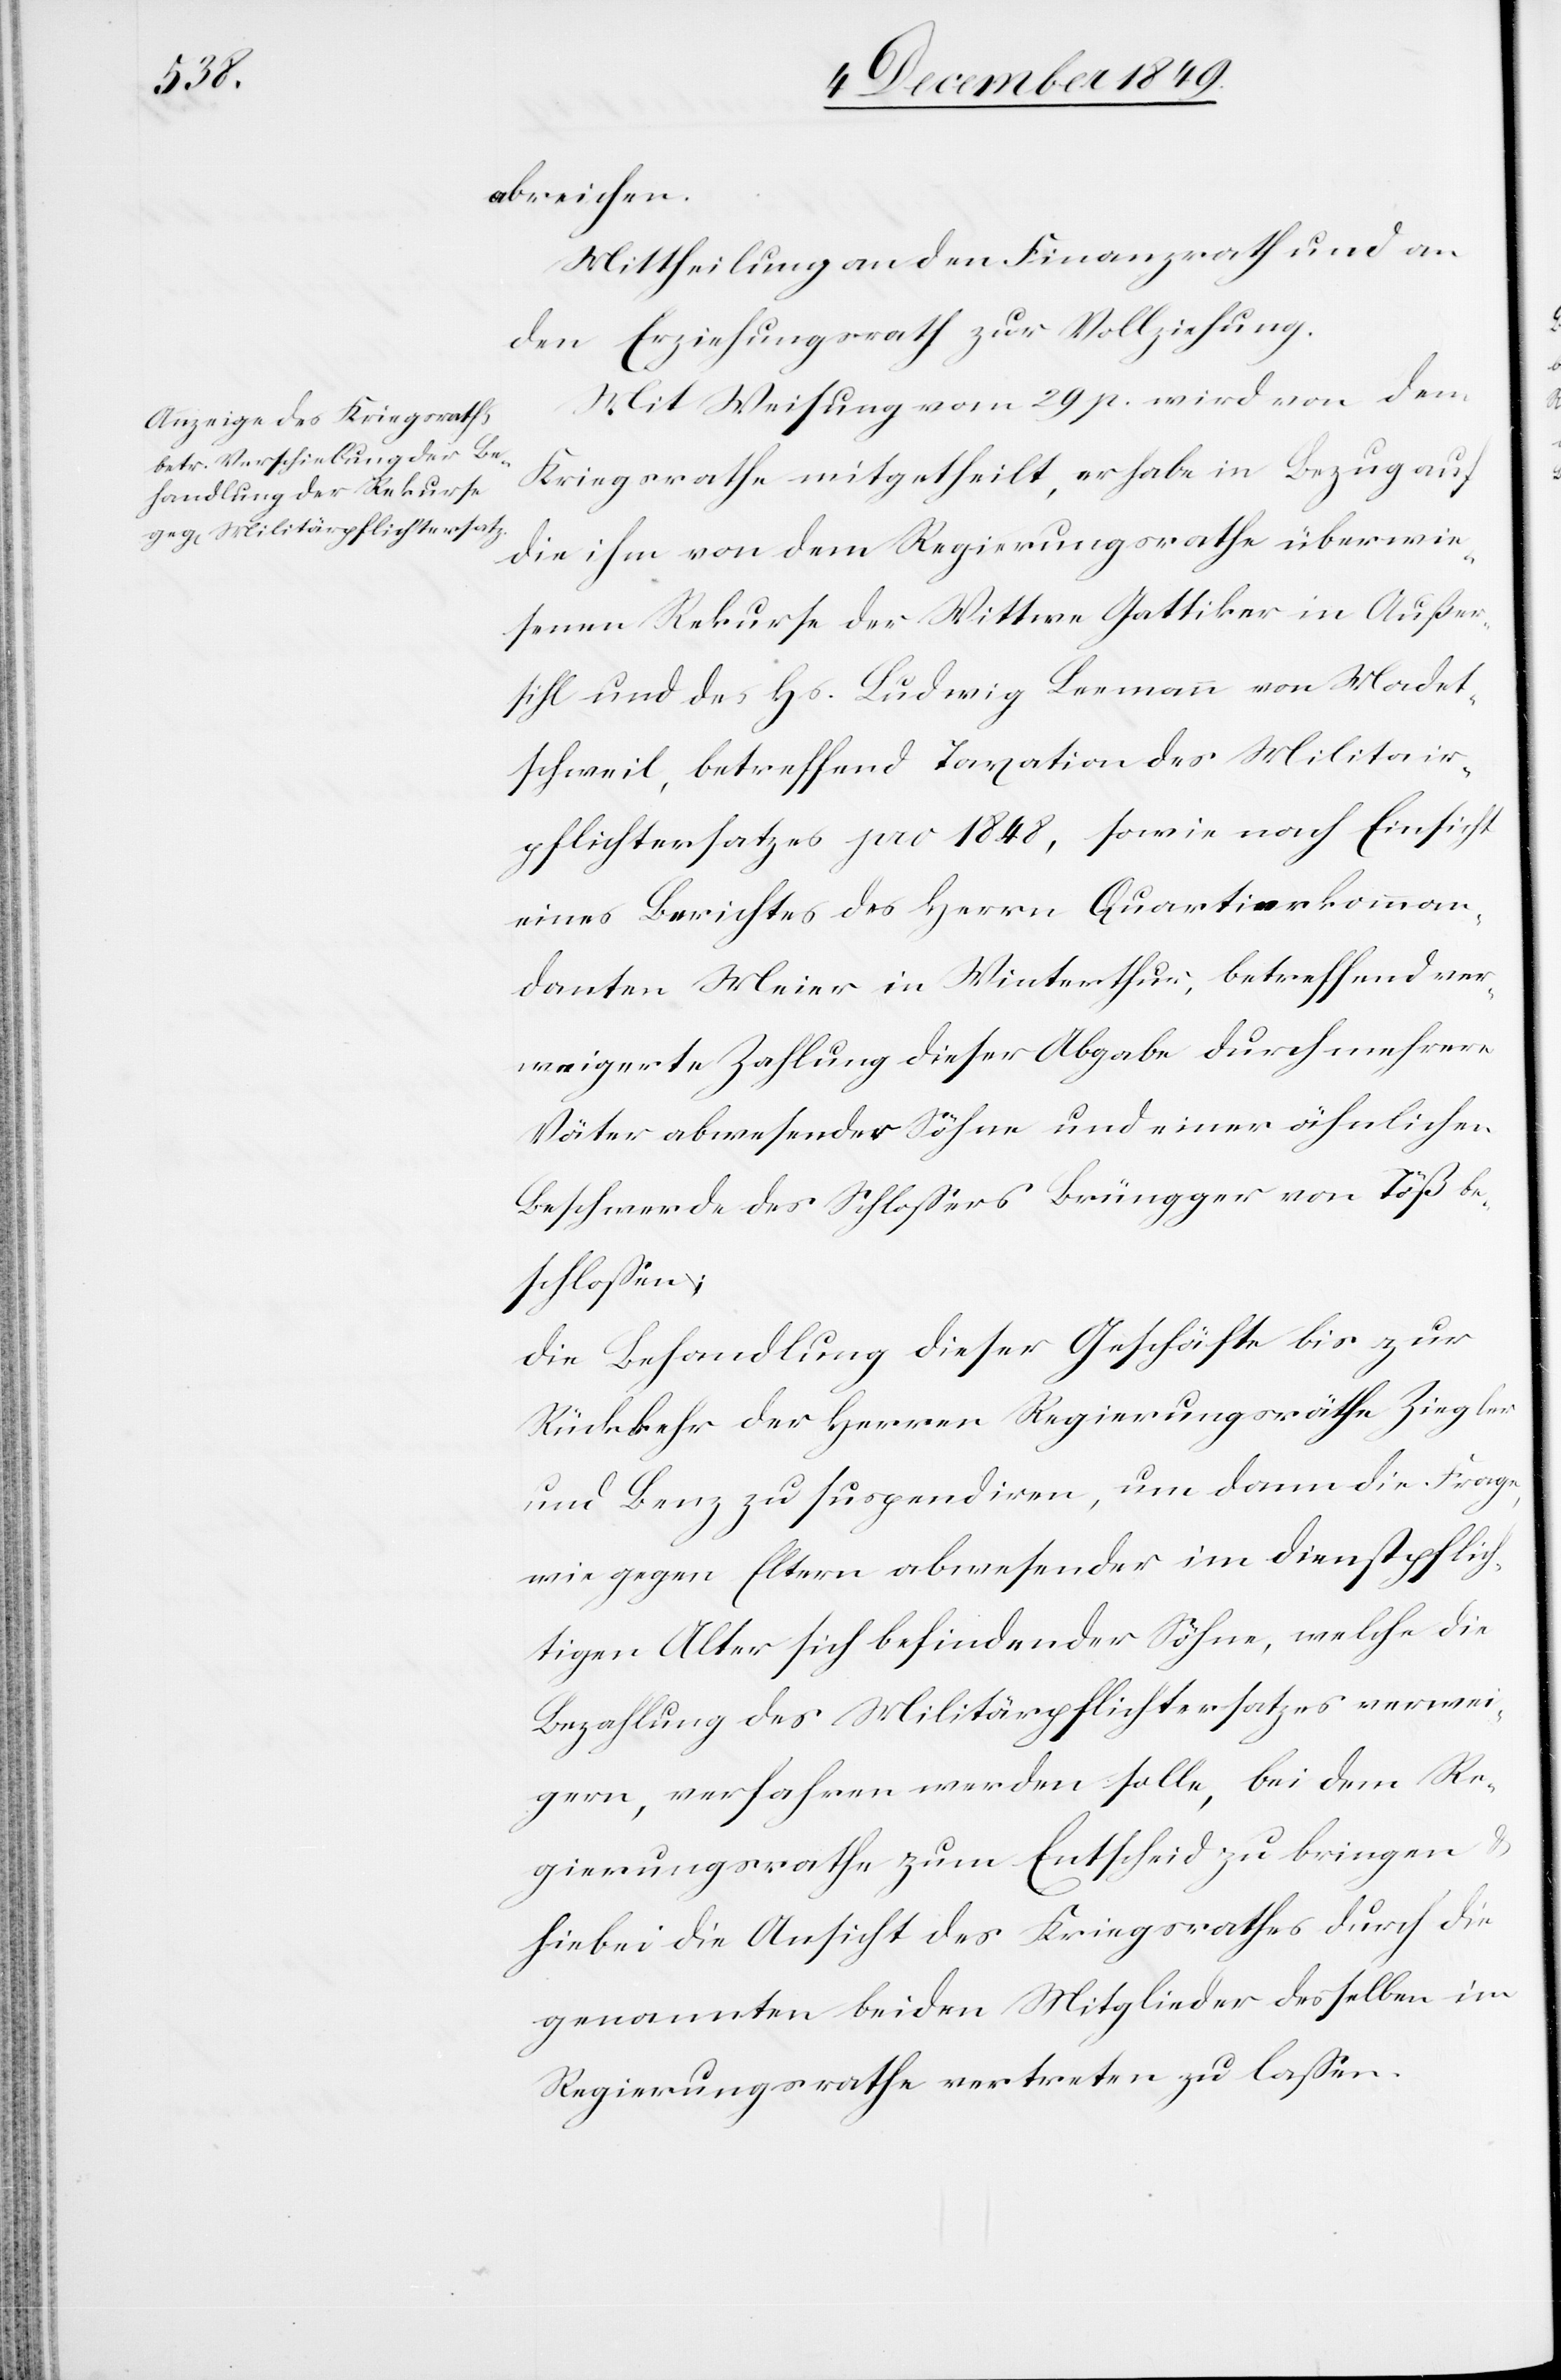
abreichen.
Mittheilung an den Finanzrath und an
den Erziehungsrath zur Vollziehung.
Mit Weisung vom 29 p. wird von dem
Kriegsrathe mitgetheilt, er habe in Bezug auf
die ihm von dem Regierungsrathe überwie¬
senen Rekurse der Wittwe Gattiker in Außer¬
sihl und des Hs. Ludwig Leemann von Madet¬
schweil, betreffend Taxation des Militär¬
pflichtersatzes pro 1848, sowie nach Einsicht
eines Berichtes des Herrn Quartierkomman¬
danten Meier in Winterthur, betreffend ver¬
weigerte Zahlung dieser Abgabe durch mehrere
Väter abwesender Söhne und einer ähnlichen
Beschwerde des Schloßers Brüngger von Töß be¬
schloßen;
die Behandlung dieser Geschäfte bis zur
Rückkehr der Herren Regierungsräthe Ziegler
und Benz zu suspendiren, um dann die Frage,
wie gegen Eltern abwesender im Dienstpflich¬
tigen Alter sich befindender Söhne, welche die
Bezahlung des Militärpflichtersatzes verwei¬
gern, verfahren werden solle, bei dem Re¬
gierungsrathe zum Entscheid zu bringen u.
hiebei die Ansicht des Kriegsrathes durch die
genannten beiden Mitglieder desselben im
Regierungsrathe vertreten zu laßen.